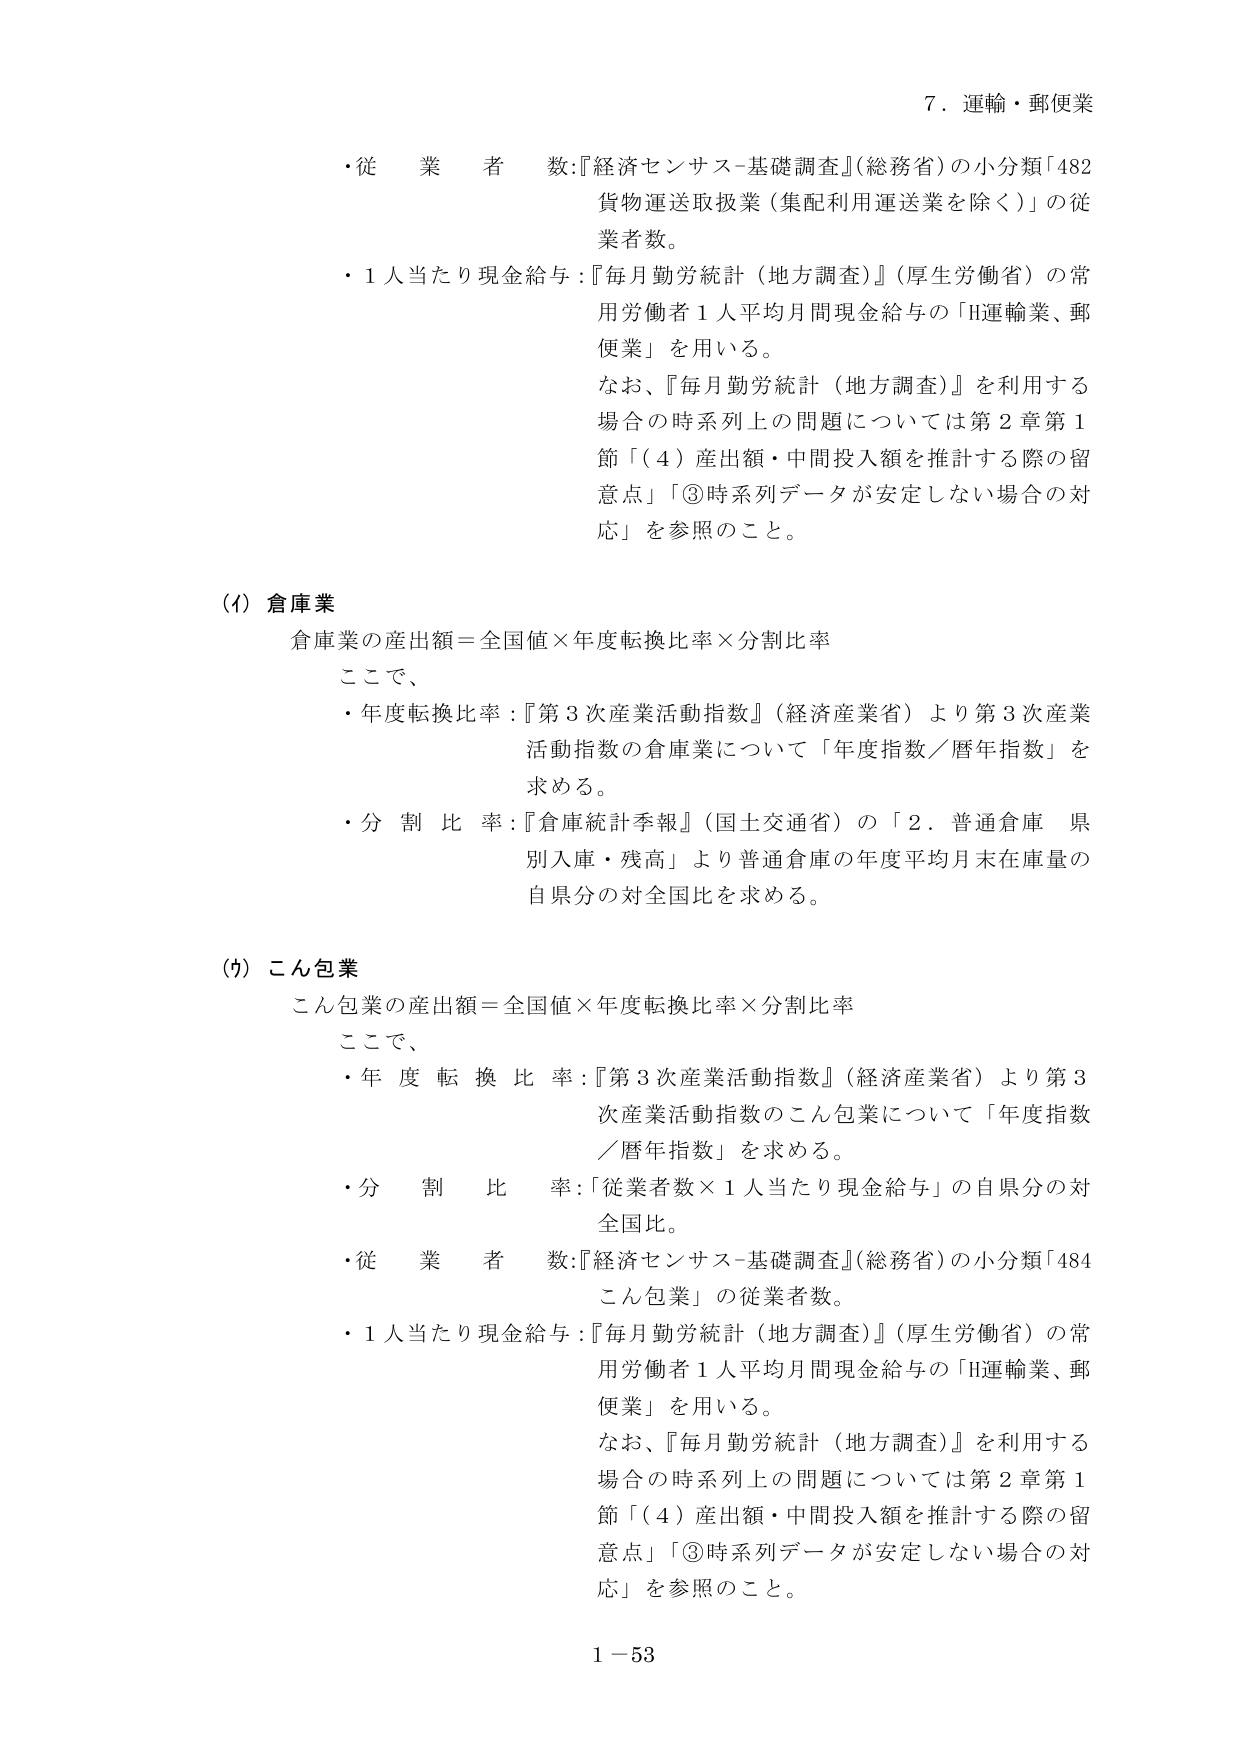
7．運輸・郵便業

・従業者数：『経済センサス-基礎調査』（総務省）の小分類「482 貨物運送取扱業（集配利用運送業を除く）」の従業者数。

・1人当たり現金給与：『毎月勤労統計（地方調査）』（厚生労働省）の常用労働者1人平均月間現金給与の「H運輸業、郵便業」を用いる。

なお、『毎月勤労統計（地方調査）』を利用する場合の時系列上の問題については第2章第1節「（4）産出額・中間投入額を推計する際の留意点」「③時系列データが安定しない場合の対応」を参照のこと。

（イ）倉庫業

倉庫業の産出額＝全国値×年度転換比率×分割比率

ここで、

・年度転換比率：『第3次産業活動指数』（経済産業省）より第3次産業活動指数の倉庫業について「年度指数／暦年指数」を求める。

・分割比率：『倉庫統計季報』（国土交通省）の「2．普通倉庫 県別入庫・残高」より普通倉庫の年度平均月末在庫量の自県分の対全国比を求める。

（ウ）こん包業

こん包業の産出額＝全国値×年度転換比率×分割比率

ここで、

・年度転換比率：『第3次産業活動指数』（経済産業省）より第3次産業活動指数のこん包業について「年度指数／暦年指数」を求める。

・分割比率：「従業者数×1人当たり現金給与」の自県分の対全国比。

・従業者数：『経済センサス-基礎調査』（総務省）の小分類「484 こん包業」の従業者数。

・1人当たり現金給与：『毎月勤労統計（地方調査）』（厚生労働省）の常用労働者1人平均月間現金給与の「H運輸業、郵便業」を用いる。

なお、『毎月勤労統計（地方調査）』を利用する場合の時系列上の問題については第2章第1節「（4）産出額・中間投入額を推計する際の留意点」「③時系列データが安定しない場合の対応」を参照のこと。

1－53